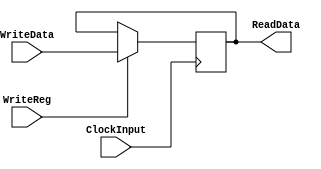
`timescale 1ns / 1ps
//////////////////////////////////////////////////////////////////////////////////
// Company: 
// Engineer: 
// 
// Design Name: 
// Module Name: SimpleRegister
// Project Name: 
// Target Devices: 
// Tool Versions: 
// Description: 
// 
// Dependencies: 
// 
// Revision:
// Revision 0.01 - File Created
// Additional Comments:
// 
//////////////////////////////////////////////////////////////////////////////////


module SimpleRegister(
    input [15:0] WriteData,
    input WriteReg,
    input ClockInput,
    output reg [15:0] ReadData=0
    );
    
    always @(posedge ClockInput)
    begin
        if(WriteReg)ReadData<=WriteData;
    end
    
endmodule